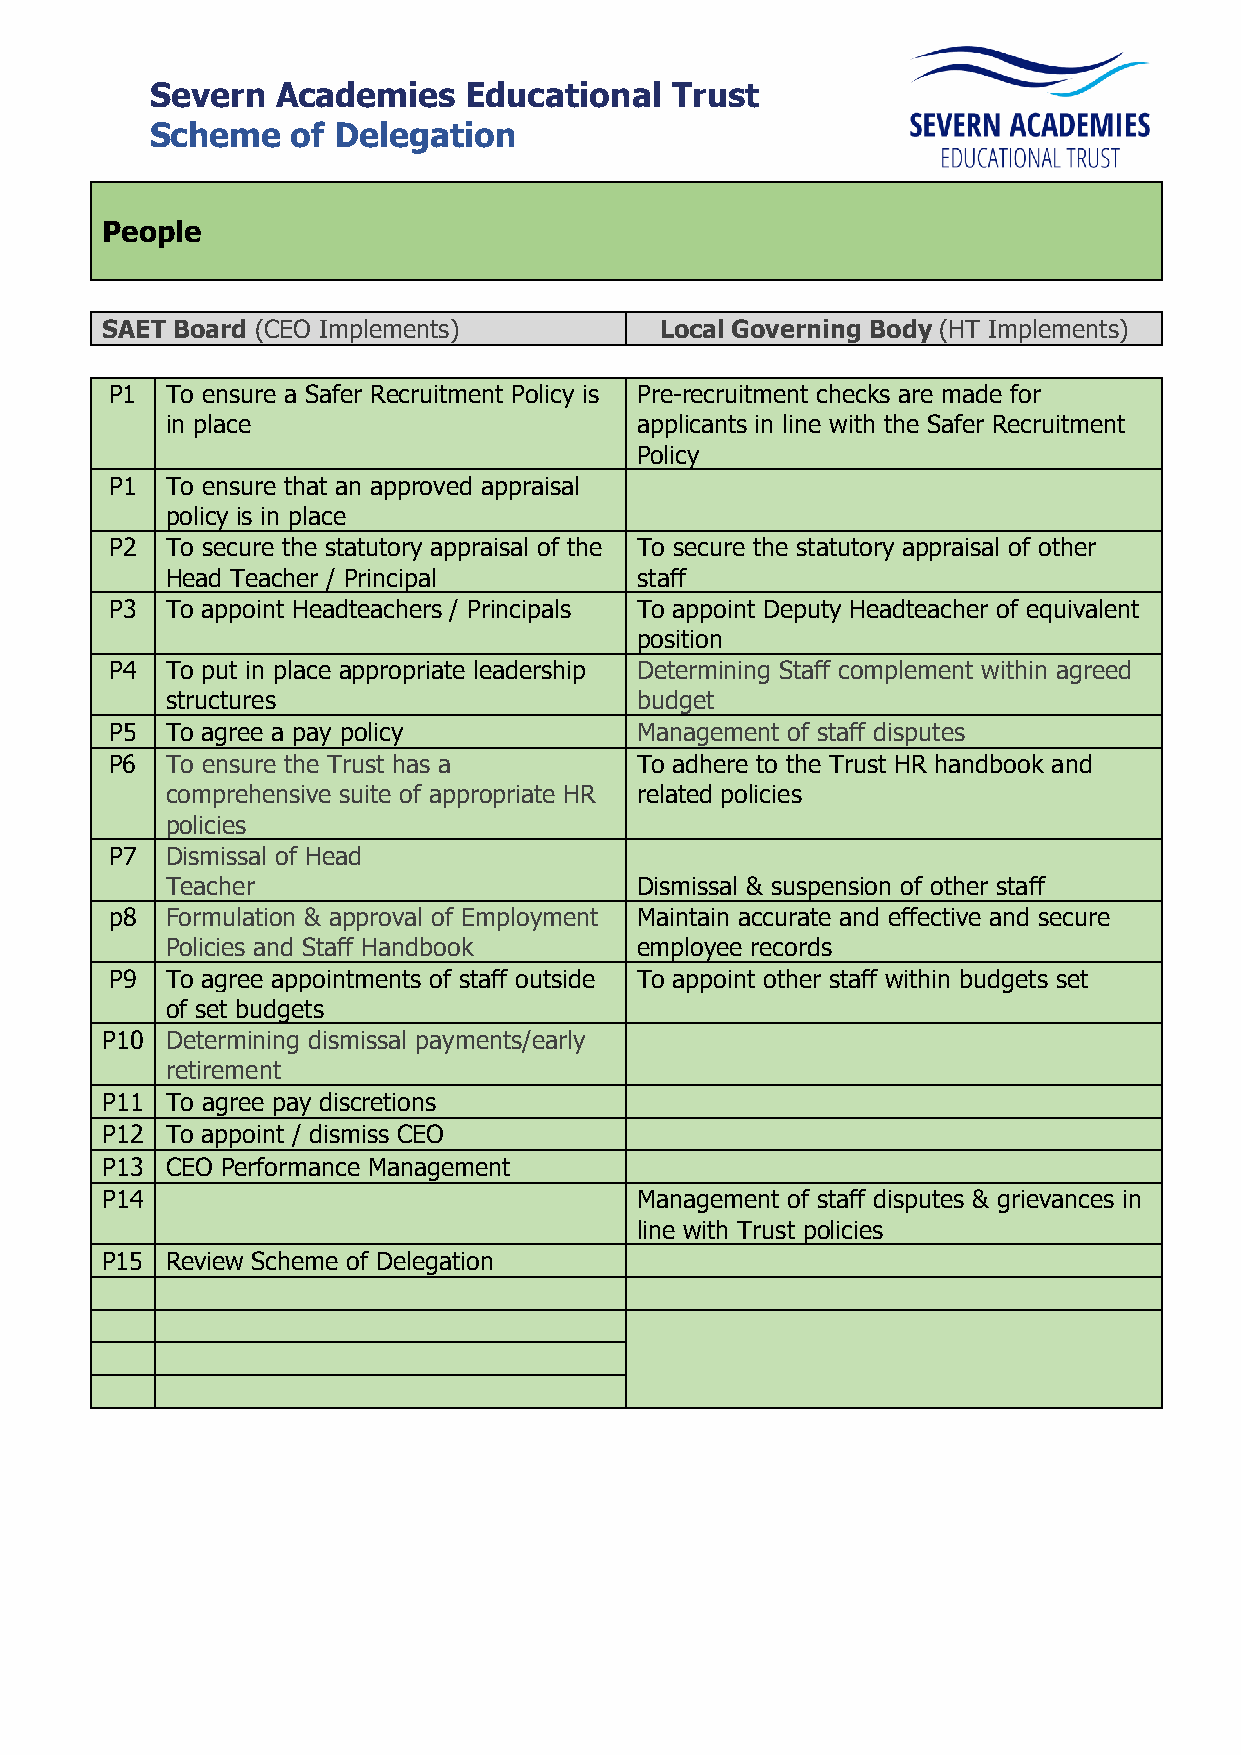
Severn  Academies    Educational  Trust
 Scheme   of Delegation
 People
 SAET Board (CEO Implements)          Local Governing Body (HT Implements)
 P1  To ensure a Safer Recruitment Policy is Pre-recruitment checks are made for
 in place                       applicants in line with the Safer Recruitment
 Policy
 P1  To ensure that an approved appraisal
 policy is in place
 P2  To secure the statutory appraisal of the To secure the statutory appraisal of other
 Head Teacher / Principal       staff
 P3  To appoint Headteachers / Principals To appoint Deputy Headteacher of equivalent
 position
 P4  To put in place appropriate leadership Determining Staff complement within agreed
 structures                     budget
 P5  To agree a pay policy          Management of staff disputes
 P6  To ensure the Trust has a      To adhere to the Trust HR handbook and
 comprehensive suite of appropriate HR related policies
 policies
 P7  Dismissal of Head
 Teacher                        Dismissal & suspension of other staff
 p8  Formulation & approval of Employment Maintain accurate and effective and secure
 Policies and Staff Handbook    employee records
 P9  To agree appointments of staff outside To appoint other staff within budgets set
 of set budgets
 P10 Determining dismissal payments/early
 retirement
 P11 To agree pay discretions
 P12 To appoint / dismiss CEO
 P13 CEO Performance Management
 P14                                Management of staff disputes & grievances in
 line with Trust policies
 P15 Review Scheme of Delegation